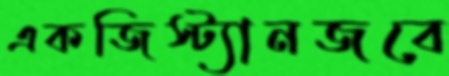
একজিস্ট্যানজবে